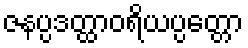
ဇနပ္ပဒတ္ထာဝရိယပ္ပတ္တော